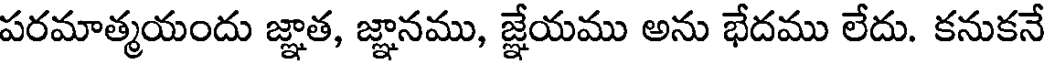
పరమాత్మయందు జ్ఞాత, జ్ఞానము, జ్ఞేయము అను భేదము లేదు. కనుకనే